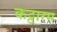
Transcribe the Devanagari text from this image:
कट्टारम